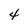
Character: 4